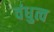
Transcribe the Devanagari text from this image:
वंधुत्व